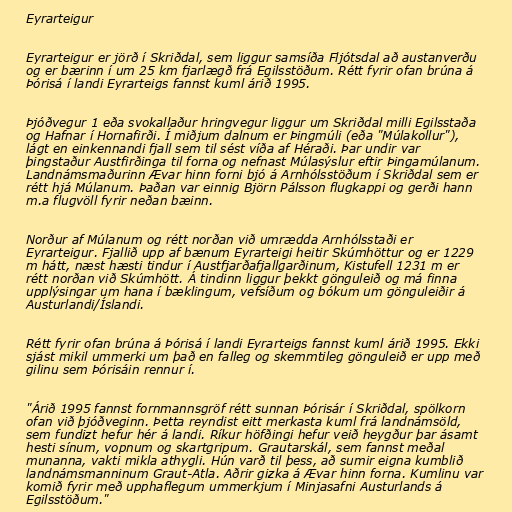
Eyrarteigur

Eyrarteigur er jörð í Skriðdal, sem liggur samsíða Fljótsdal að austanverðu
og er bærinn í um 25 km fjarlægð frá Egilsstöðum. Rétt fyrir ofan brúna á
Þórisá í landi Eyrarteigs fannst kuml árið 1995.

Þjóðvegur 1 eða svokallaður hringvegur liggur um Skriðdal milli Egilsstaða
og Hafnar í Hornafirði. Í miðjum dalnum er Þingmúli (eða "Múlakollur"),
lágt en einkennandi fjall sem til sést víða af Héraði. Þar undir var
þingstaður Austfirðinga til forna og nefnast Múlasýslur eftir Þingamúlanum.
Landnámsmaðurinn Ævar hinn forni bjó á Arnhólsstöðum í Skriðdal sem er
rétt hjá Múlanum. Þaðan var einnig Björn Pálsson flugkappi og gerði hann
m.a flugvöll fyrir neðan bæinn.

Norður af Múlanum og rétt norðan við umrædda Arnhólsstaði er
Eyrarteigur. Fjallið upp af bænum Eyrarteigi heitir Skúmhöttur og er 1229
m hátt, næst hæsti tindur í Austfjarðafjallgarðinum, Kistufell 1231 m er
rétt norðan við Skúmhött. Á tindinn liggur þekkt gönguleið og má finna
upplýsingar um hana í bæklingum, vefsíðum og bókum um gönguleiðir á
Austurlandi/Íslandi.

Rétt fyrir ofan brúna á Þórisá í landi Eyrarteigs fannst kuml árið 1995. Ekki
sjást mikil ummerki um það en falleg og skemmtileg gönguleið er upp með
gilinu sem Þórisáin rennur í.

"Árið 1995 fannst fornmannsgröf rétt sunnan Þórisár í Skriðdal, spölkorn
ofan við þjóðveginn. Þetta reyndist eitt merkasta kuml frá landnámsöld,
sem fundizt hefur hér á landi. Ríkur höfðingi hefur veið heygður þar ásamt
hesti sínum, vopnum og skartgripum. Grautarskál, sem fannst meðal
munanna, vakti mikla athygli. Hún varð til þess, að sumir eigna kumblið
landnámsmanninum Graut-Atla. Aðrir gizka á Ævar hinn forna. Kumlinu var
komið fyrir með upphaflegum ummerkjum í Minjasafni Austurlands á
Egilsstöðum."